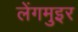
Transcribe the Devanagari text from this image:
लेंगमुइर